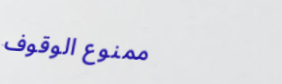
ممنوع الوقوف